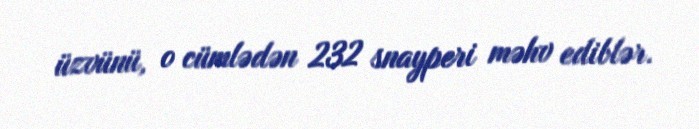
üzvünü, o cümlədən 232 snayperi məhv ediblər.